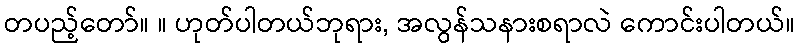
တပည့်တော်။ ။ ဟုတ်ပါတယ်ဘုရား, အလွန်သနားစရာလဲ ကောင်းပါတယ်။